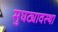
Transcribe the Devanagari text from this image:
सुघट्यावस्था